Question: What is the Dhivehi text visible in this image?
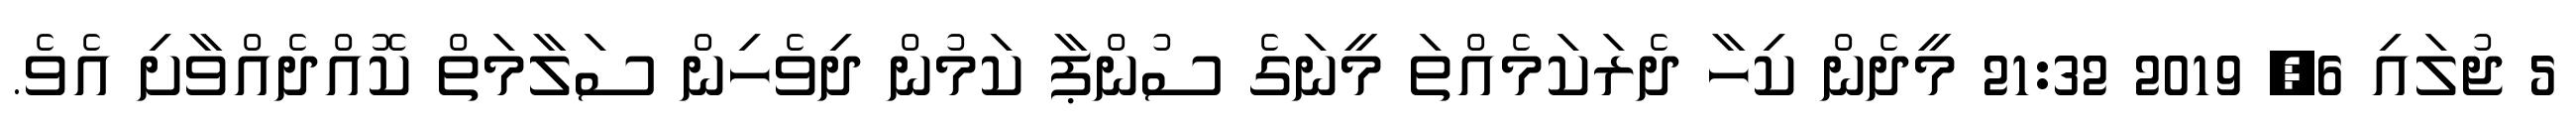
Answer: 5 ޖުލައި 6, 2019 21:32 މީދެން ކިހާ ދެރަކަމެއްތަ މީނަގެ ސުންޕާ ކަމުން ދިވެހިން ސަލާމަތް ކޮއްދެއްވާށި އެވެ.